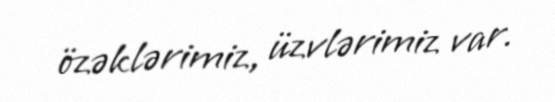
özəklərimiz, üzvlərimiz var.